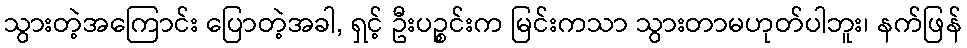
သွားတဲ့အကြောင်း ပြောတဲ့အခါ, ရှင့် ဦးပဉ္စင်းက မြင်းကသာ သွားတာမဟုတ်ပါဘူး၊ နက်ဖြန်